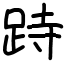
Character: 跱